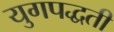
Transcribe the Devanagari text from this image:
युगपद्धती